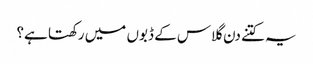
یہ کتنے دن گلاس کے ڈبوں میں رکھتا ہے؟